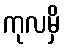
ကုလမှိ